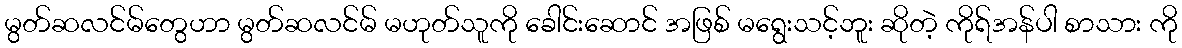
မွတ်ဆလင်မ်တွေဟာ မွတ်ဆလင်မ် မဟုတ်သူကို ခေါင်းဆောင် အဖြစ် မရွေးသင့်ဘူး ဆိုတဲ့ ကိုရ်အန်ပါ စာသား ကို